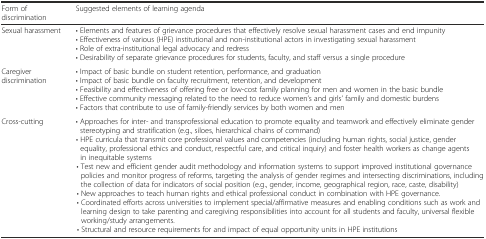
<table><thead><tr><td><b>Form of discrimination</b></td><td><b>Suggested elements of learning agenda</b></td></tr></thead><tbody><tr><td>Sexual harassment</td><td>• Elements and features of grievance procedures that effectively resolve sexual harassment cases and end impunity• Effectiveness of various (HPE) institutional and non-institutional actors in investigating sexual harassment• Role of extra-institutional legal advocacy and redress• Desirability of separate grievance procedures for students, faculty, and staff versus a single procedure</td></tr><tr><td>Caregiver discrimination</td><td>• Impact of basic bundle on student retention, performance, and graduation• Impact of basic bundle on faculty recruitment, retention, and development• Feasibility and effectiveness of offering free or low-cost family planning for men and women in the basic bundle• Effective community messaging related to the need to reduce women’s and girls’ family and domestic burdens• Factors that contribute to use of family-friendly services by both women and men</td></tr><tr><td>Cross-cutting</td><td>• Approaches for inter- and transprofessional education to promote equality and teamwork and effectively eliminate gender stereotyping and stratification (e.g., siloes, hierarchical chains of command)• HPE curricula that transmit core professional values and competencies (including human rights, social justice, gender equality, professional ethics and conduct, respectful care, and critical inquiry) and foster health workers as change agents in inequitable systems• Test new and efficient gender audit methodology and information systems to support improved institutional governance policies and monitor progress of reforms, targeting the analysis of gender regimes and intersecting discriminations, including the collection of data for indicators of social position (e.g., gender, income, geographical region, race, caste, disability)• New approaches to teach human rights and ethical professional conduct in combination with HPE governance.• Coordinated efforts across universities to implement special/affirmative measures and enabling conditions such as work and learning design to take parenting and caregiving responsibilities into account for all students and faculty, universal flexible working/study arrangements.• Structural and resource requirements for and impact of equal opportunity units in HPE institutions</td></tr></tbody></table>